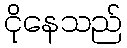
ငိုနေသည်